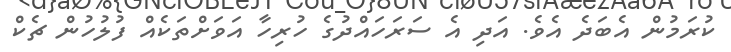
ކުރަމުން އެބަދެ އެވެ. އަދި އެ ސަރަހައްދުގެ ހުރިހާ އަވަށްތަކެއް ފުލުހުން ޗެކް